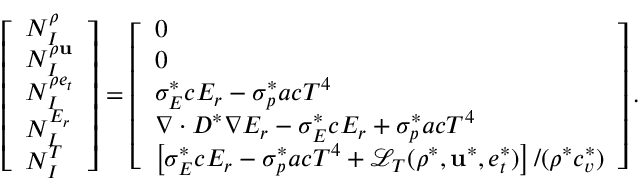
\left[ \begin{array} { l } { N _ { I } ^ { \rho } } \\ { N _ { I } ^ { \rho \mathbf { u } } } \\ { N _ { I } ^ { \rho e _ { t } } } \\ { N _ { I } ^ { E _ { r } } } \\ { N _ { I } ^ { T } } \end{array} \right] = \left[ \begin{array} { l } { 0 } \\ { 0 } \\ { \sigma _ { E } ^ { * } c E _ { r } - \sigma _ { p } ^ { * } a c T ^ { 4 } } \\ { \nabla \cdot D ^ { * } \nabla E _ { r } - \sigma _ { E } ^ { * } c E _ { r } + \sigma _ { p } ^ { * } a c T ^ { 4 } } \\ { \left[ \sigma _ { E } ^ { * } c E _ { r } - \sigma _ { p } ^ { * } a c T ^ { 4 } + \mathcal { L } _ { T } ( \rho ^ { * } , \mathbf { u } ^ { * } , e _ { t } ^ { * } ) \right] / ( \rho ^ { * } c _ { v } ^ { * } ) } \end{array} \right] .